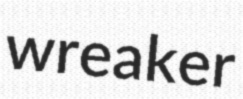
wreaker